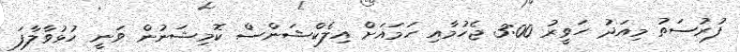
ފުރުސަތު މިއަދު ހަވީރު 3:00 ޖެހުމާއި ހަމައަށް އިލެކްޝަންސް ކޮމިޝަނުން ވަނީ ހުޅުވާލާފަ